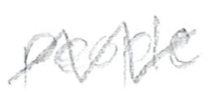
Text: people
Cross-out: mix
Writing tool: pencil